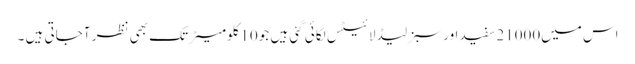
اس میں21000سفید اور سبز لیڈ لائیٹس لگائی گئی ہیں جو10کلومیٹر تک بھی نظر آجاتی ہیں ۔